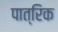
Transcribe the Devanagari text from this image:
पात्रिक